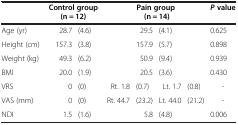
<table><thead><tr><td><b> </b></td><td colspan="2"><b>Control group (n = 12)</b></td><td colspan="4"><b>Pain group (n = 14)</b></td><td><b><i>P</i>value</b></td></tr></thead><tbody><tr><td>Age (yr)</td><td>28.7</td><td>(4.6)</td><td colspan="2">29.5</td><td colspan="2">(4.1)</td><td>0.625</td></tr><tr><td>Height (cm)</td><td>157.3</td><td>(3.8)</td><td colspan="2">157.9</td><td colspan="2">(5.7)</td><td>0.898</td></tr><tr><td>Weight (kg)</td><td>49.3</td><td>(6.2)</td><td colspan="2">50.9</td><td colspan="2">(9.4)</td><td>0.939</td></tr><tr><td>BMI</td><td>20.0</td><td>(1.9)</td><td colspan="2">20.5</td><td colspan="2">(3.6)</td><td>0.430</td></tr><tr><td>VRS</td><td>0</td><td>(0)</td><td>Rt. 1.8</td><td>(0.7)</td><td>Lt. 1.7</td><td>(0.8)</td><td>-</td></tr><tr><td>VAS (mm)</td><td>0</td><td>(0)</td><td>Rt. 44.7</td><td>(23.2)</td><td>Lt. 44.0</td><td>(21.2)</td><td>-</td></tr><tr><td>NDI</td><td>1.5</td><td>(1.6)</td><td colspan="2">5.8</td><td colspan="2">(4.8)</td><td>0.006</td></tr></tbody></table>